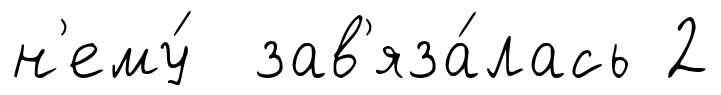
н'ему́ зав'яза́лась 2